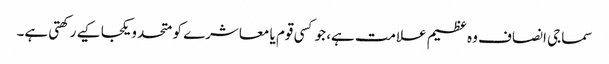
سماجی انصاف وہ عظیم علامت ہے، جو کسی قوم یا معاشرے کو متحد و یکجا کیے رکھتی ہے۔